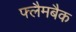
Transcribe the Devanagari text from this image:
फ्लैमबैक